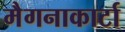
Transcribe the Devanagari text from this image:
मैगनाकार्टा